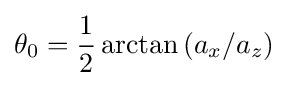
\theta _{0}={\frac {1}{2}}\arctan {(a_{x}/a_{z})}